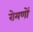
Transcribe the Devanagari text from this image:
रोमणों